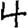
Digit: 4